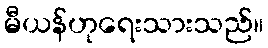
မီယန်ဟုရေးသားသည်။